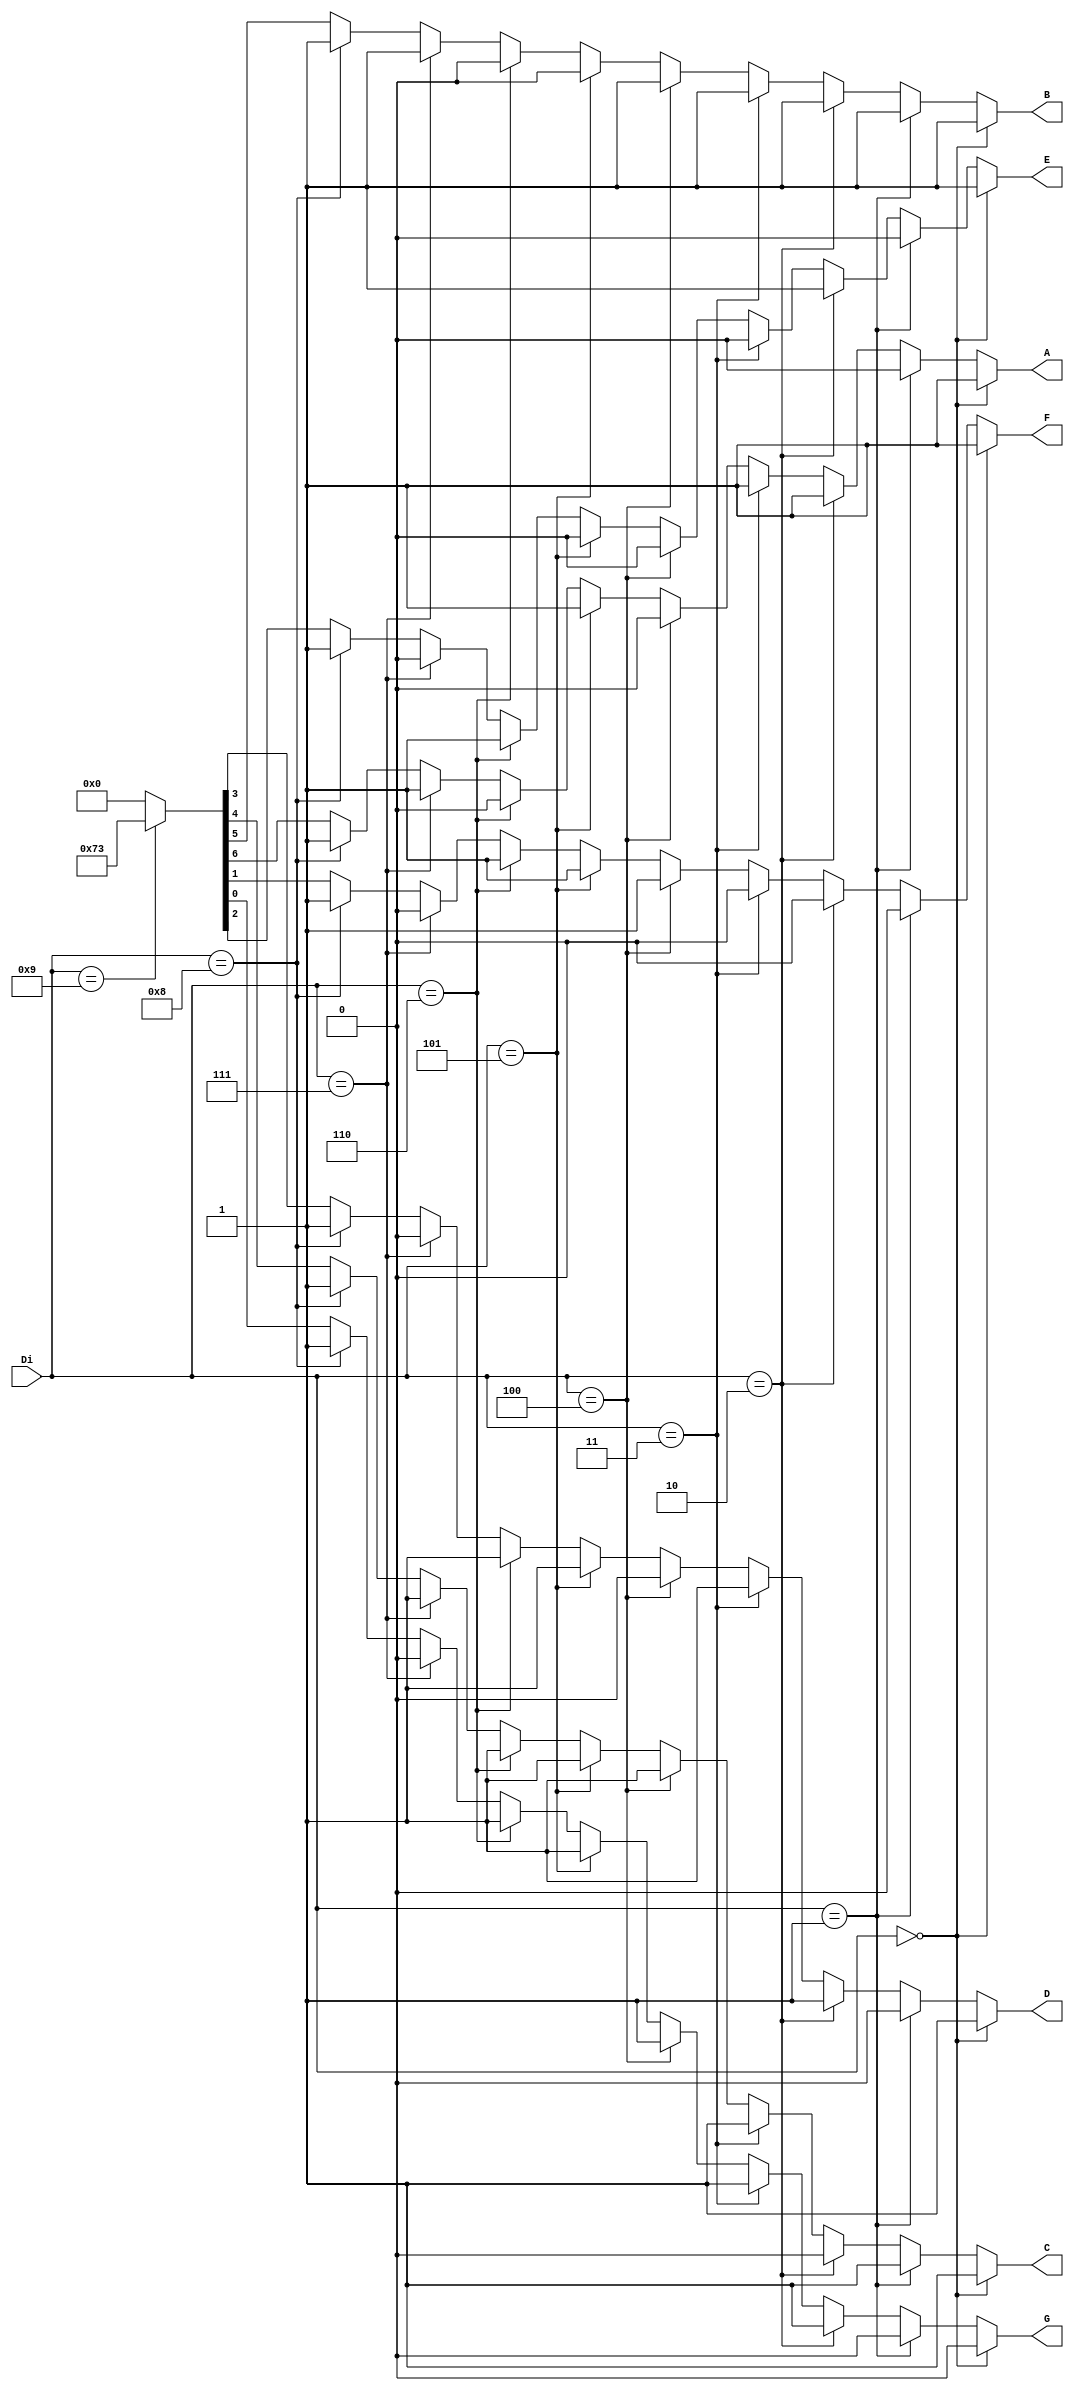
// Ch09 seg.v
// Cq

module seg (Di,A,B,C,D,E,F,G);
input [3:0] Di;		// |J
output A,B,C,D,E,F,G;	// @X
reg    A,B,C,D,E,F,G;	// is

// Cq, Xq
always@ (Di) 
  if      (Di == 4'b0000)  {A,B,C,D,E,F,G} = 7'b1111110;
  else if (Di == 4'b0001)  {A,B,C,D,E,F,G} = 7'b0110000;
  else if (Di == 4'b0010)  {A,B,C,D,E,F,G} = 7'b1101101;
  else if (Di == 4'b0011)  {A,B,C,D,E,F,G} = 7'b1111001;
  else if (Di == 4'b0100)  {A,B,C,D,E,F,G} = 7'b0110011;
  else if (Di == 4'b0101)  {A,B,C,D,E,F,G} = 7'b1011011;
  else if (Di == 4'b0110)  {A,B,C,D,E,F,G} = 7'b0011111;
  else if (Di == 4'b0111)  {A,B,C,D,E,F,G} = 7'b1110000;
  else if (Di == 4'b1000)  {A,B,C,D,E,F,G} = 7'b1111111;
  else if (Di == 4'b1001)  {A,B,C,D,E,F,G} = 7'b1110011;
  else	                   {A,B,C,D,E,F,G} = 7'b0000000;
 
endmodule